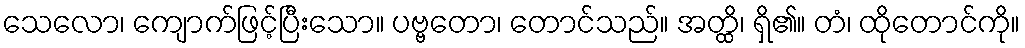
သေလော၊ ကျောက်ဖြင့်ပြီးသော။ ပဗ္ဗတော၊ တောင်သည်။ အတ္ထိ၊ ရှိ၏။ တံ၊ ထိုတောင်ကို။